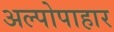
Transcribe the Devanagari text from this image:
अल्पोपाहार